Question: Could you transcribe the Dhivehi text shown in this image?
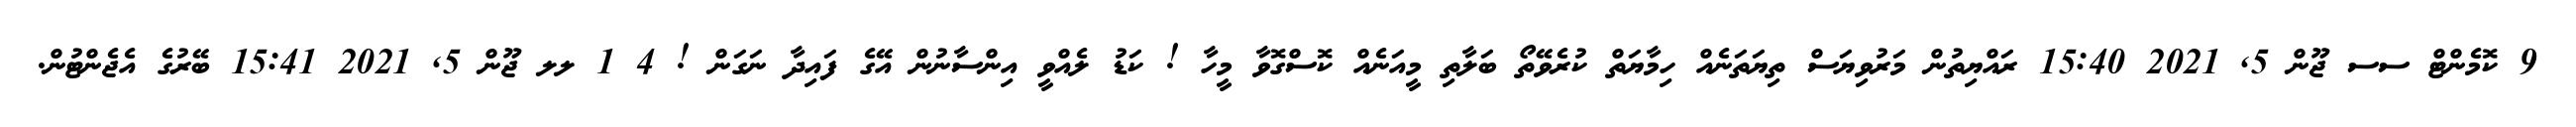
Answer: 9 ކޮމެންޓް ސސ ޖޫން 5, 2021 15:40 ރައްޔިތުން މަރުވިޔަސް ތިޔަތަނެއް ހިމާޔަތް ކުރެވޭތޯ ބަލާތި މީއަނެއް ކޮސްގޮވާ މީހާ ! ކަޑު ލެއްވީ އިންސާނުން އޭގެ ފައިދާ ނަގަން ! 4 1 ލލ ޖޫން 5, 2021 15:41 ބޭރުގެ އެޖެންޓުން.